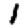
Digit: 1